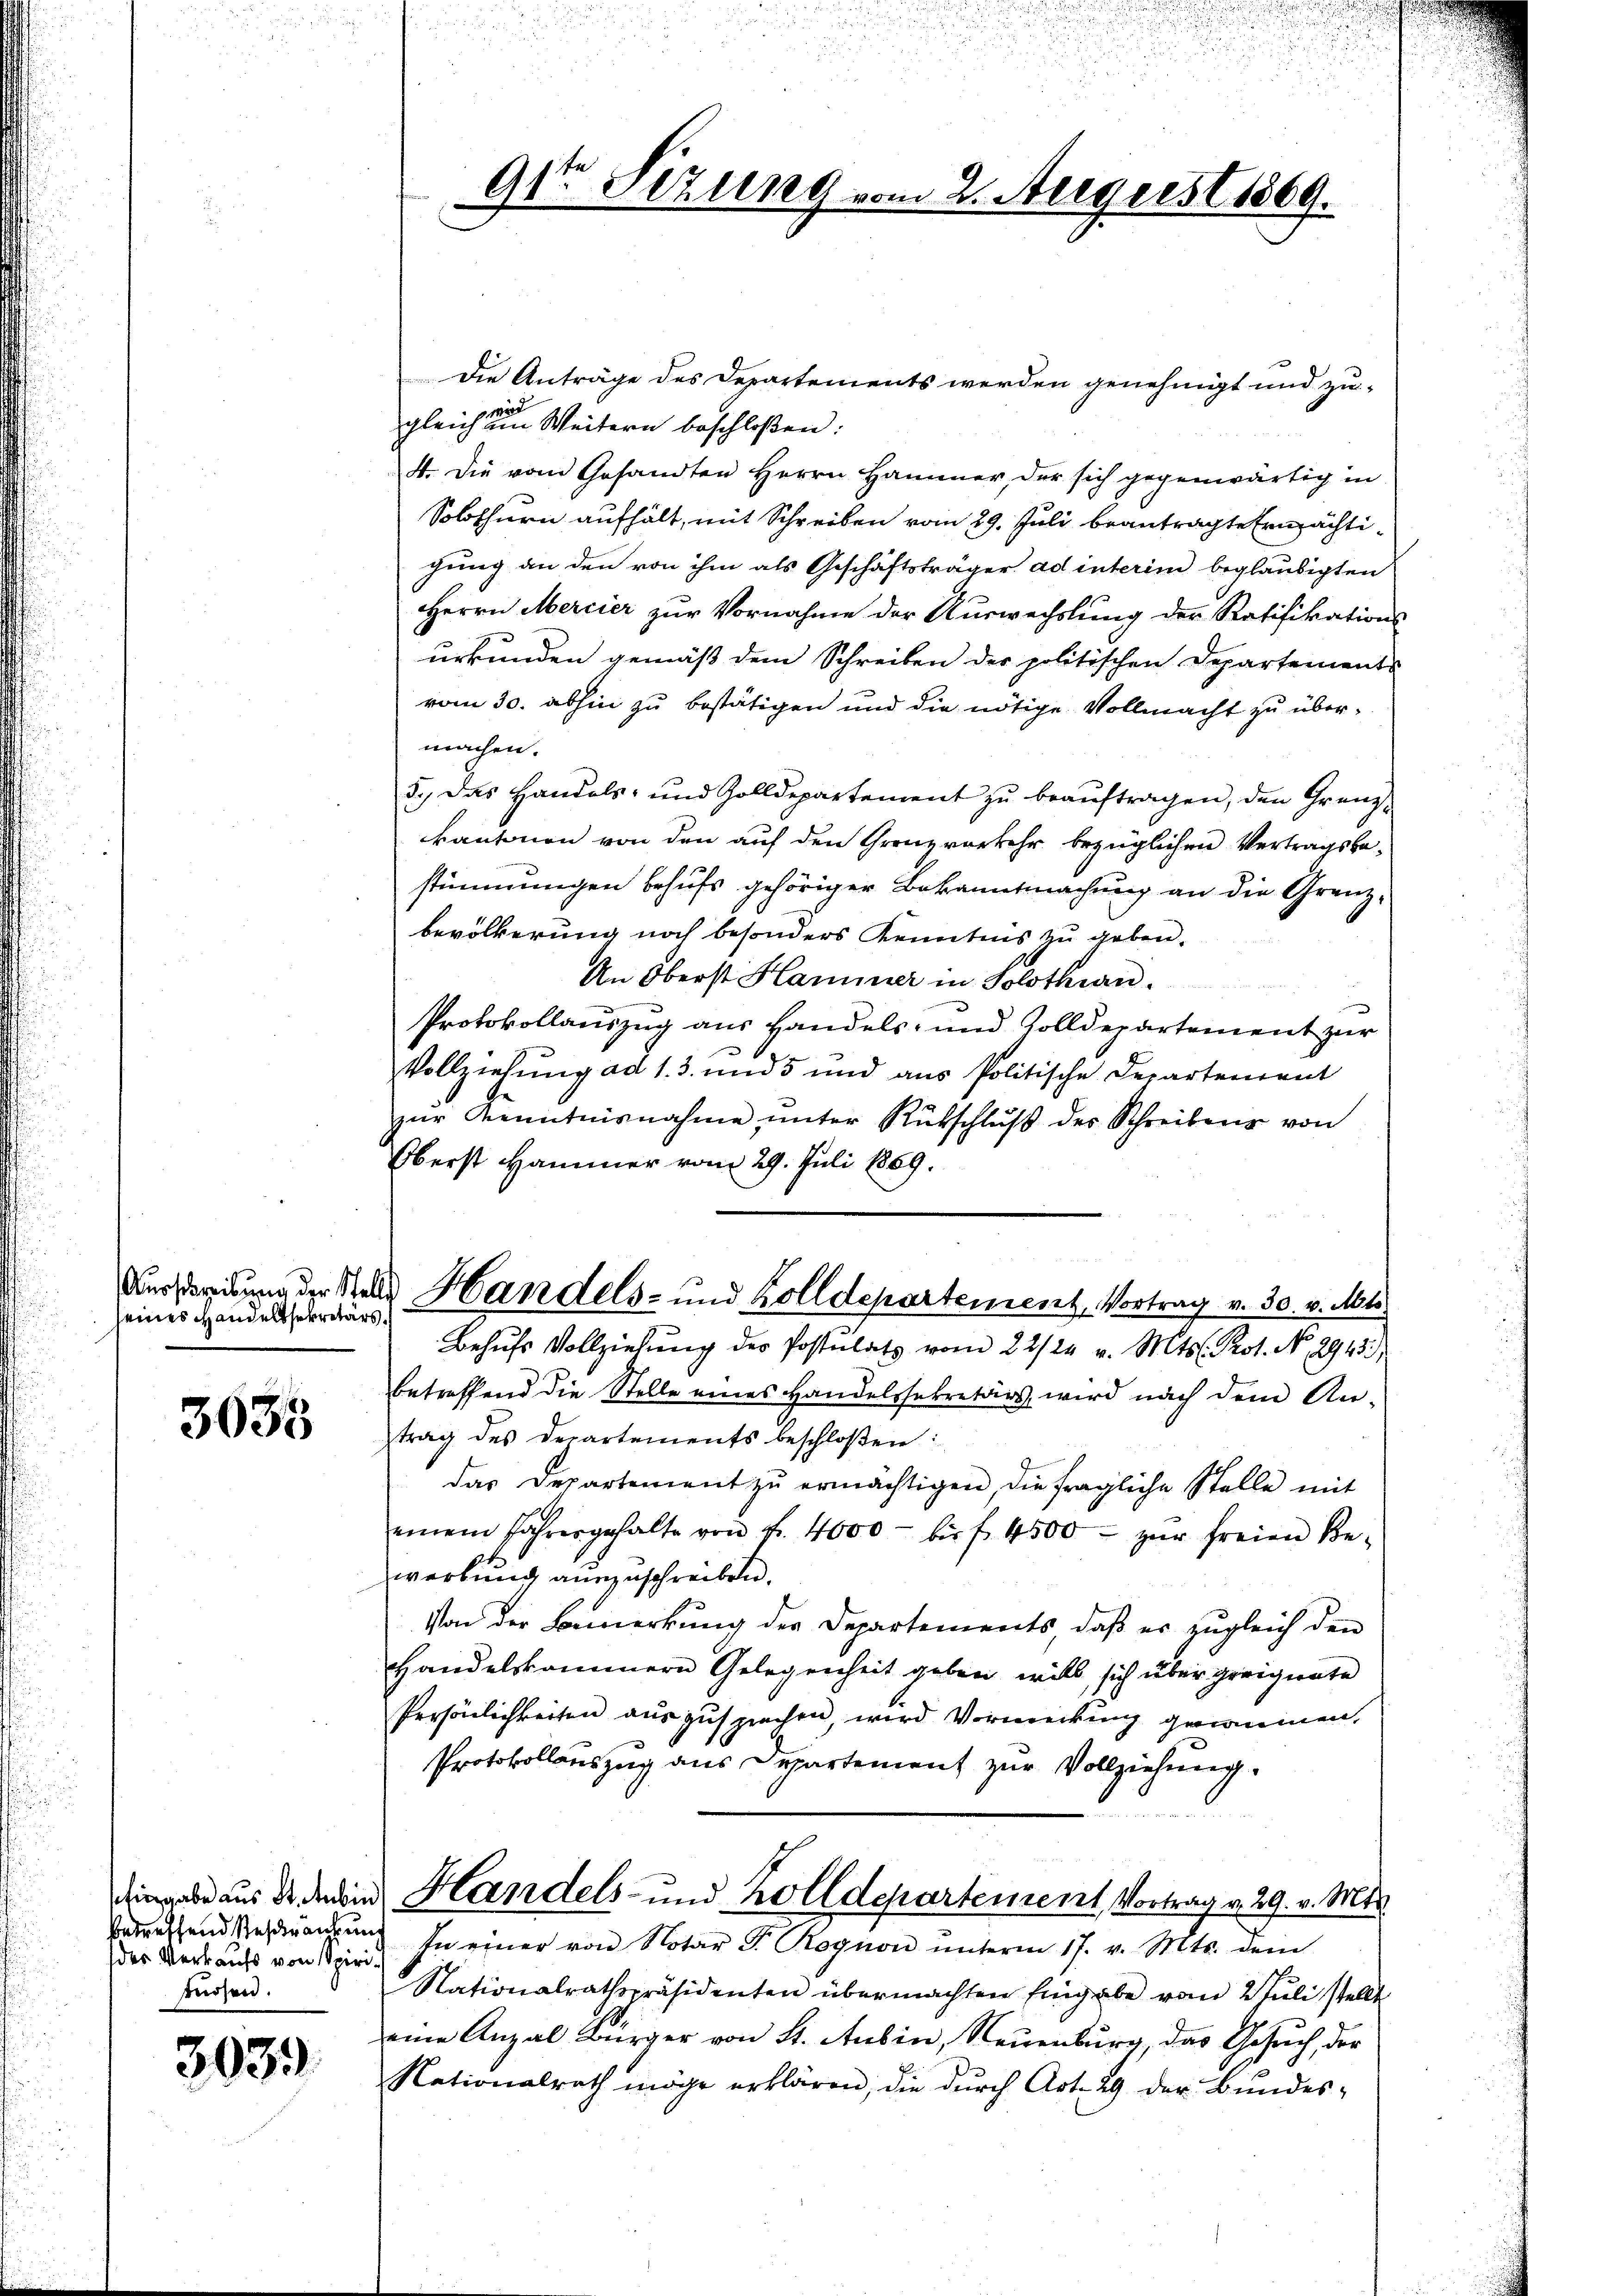
seines Handelssekretärs.

3635

betreffend Reskranch un
des Verkaufs von Spiri
füssen.

3939

91ten Sizung vom 2. August 1869.

Die Anträge des Departements werden genehmigt und zu-
wird
gleich im Weitern beschloßen:
4. Die vom Gesandten Herrn Hammer, der sich gegenwärtig in
Solothurn aufhält, mit Schreiben vom 29. Juli beantragte Ermächtigung an den von ihm als Geschäftsträger ad interim beglaubigten
Herrn Mercier zur Vornahme der Auswechslung der Ratifikations-
urkunden gemäß dem Schreiben der politischen Departements
vom 30. abhin zu bestätigen und die nötige Vollmacht zu übermachen.
5.) Das Handels- und Zolldepartement zu beauftragen, den Grenzkantonen von den auf den Grenzvorkehr bezüglichen Vertragsbe-
stimmungen behufs gehöriger Bekanntmachung an die Grenz-
bevölkerung noch besonders Kenntnis zu geben.
An Oberst Hammer in Solothurn.
Protokollauszug aus Handels- und Zolldepartement zur
Vollziehung ad 13. und 5 und aŭs Politische Departement
zŭr Kenntnisnahme ŭnter Rückschlŭβ des Schreibens von
Oberst Hammer vom 29. Juli 1869.
Aus derbung der Stelle Handels- und Zolldepartement, Vortrag v. 30. v. Mts.
Behufs Vollziehung der Postulats vom 22/24. v. Mts. Prot. No. 2943.)
betreffend die Stelle eines Handelssekretärs wird nach dem An-
trag des Departements beschloßen:
das Departement zŭ ermächtigen, die fragliche Stelle mit
einem Jahresgehalte von fr. 4000 bis f. 4500. zŭr freien Be-
werbung auszuschreiben.
Von der Bemerkung der Departements, daß er zugleich den
Handelskammern Gelegenheit geben, will sich über greignete
Persönlichkeiten auszusprechen, wird Vormerkung genommen,
Protokollauszug aus Departement zur Vollziehung.
ingabe aus de dein Handels- und Zolldepartement, Vortrag v. 29. v. Mts.
In einer von Notar Fr. Regnon ŭnterm 17. v. Mts. dem
Nationalrathspräsidenten übermachten Eingabe vom 2. Juli stellt
eine Anzal Bürger von St. Ausin, Neuenburg, das Gesuch, der
Nationalrath möge erklären, die dŭrch Art. 29 der Bŭndes-

n